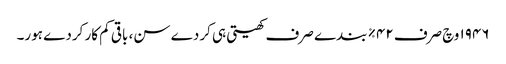
١٩٤٦ وچ صرف ٤٢% بندے صرف کھیتی ہی کردے سن، باقی کم کار کردے ہور۔